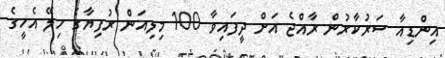
އިންޑިއާ ސަރުކާރުން ރާއްޖެ އަށް ދީފައިވާ 100 މިލިއަން ރުފިޔާގެ ހިލޭ އެހީގެ